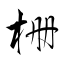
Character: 栅